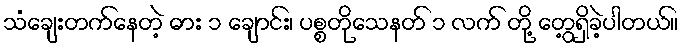
သံချေးတက်နေတဲ့ ဓား ၁ ချောင်း၊ ပစ္စတိုသေနတ် ၁ လက် တို့ တွေ့ရှိခဲ့ပါတယ်။